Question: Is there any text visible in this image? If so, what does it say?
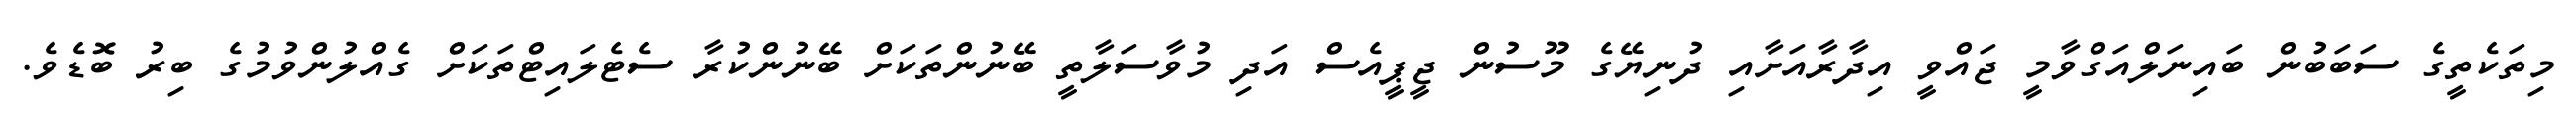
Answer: މިތަކެތީގެ ސަބަބުން ބައިނަލްއަގްވާމީ ޖައްވީ އިދާރާއަށާއި ދުނިޔޭގެ މޫސުން ޖީޕީއެސް އަދި މުވާސަލާތީ ބޭނުންތަކަށް ބޭނުންކުރާ ސެޓެލައިޓްތަކަށް ގެއްލުންވުމުގެ ބިރު ބޮޑެވެ.